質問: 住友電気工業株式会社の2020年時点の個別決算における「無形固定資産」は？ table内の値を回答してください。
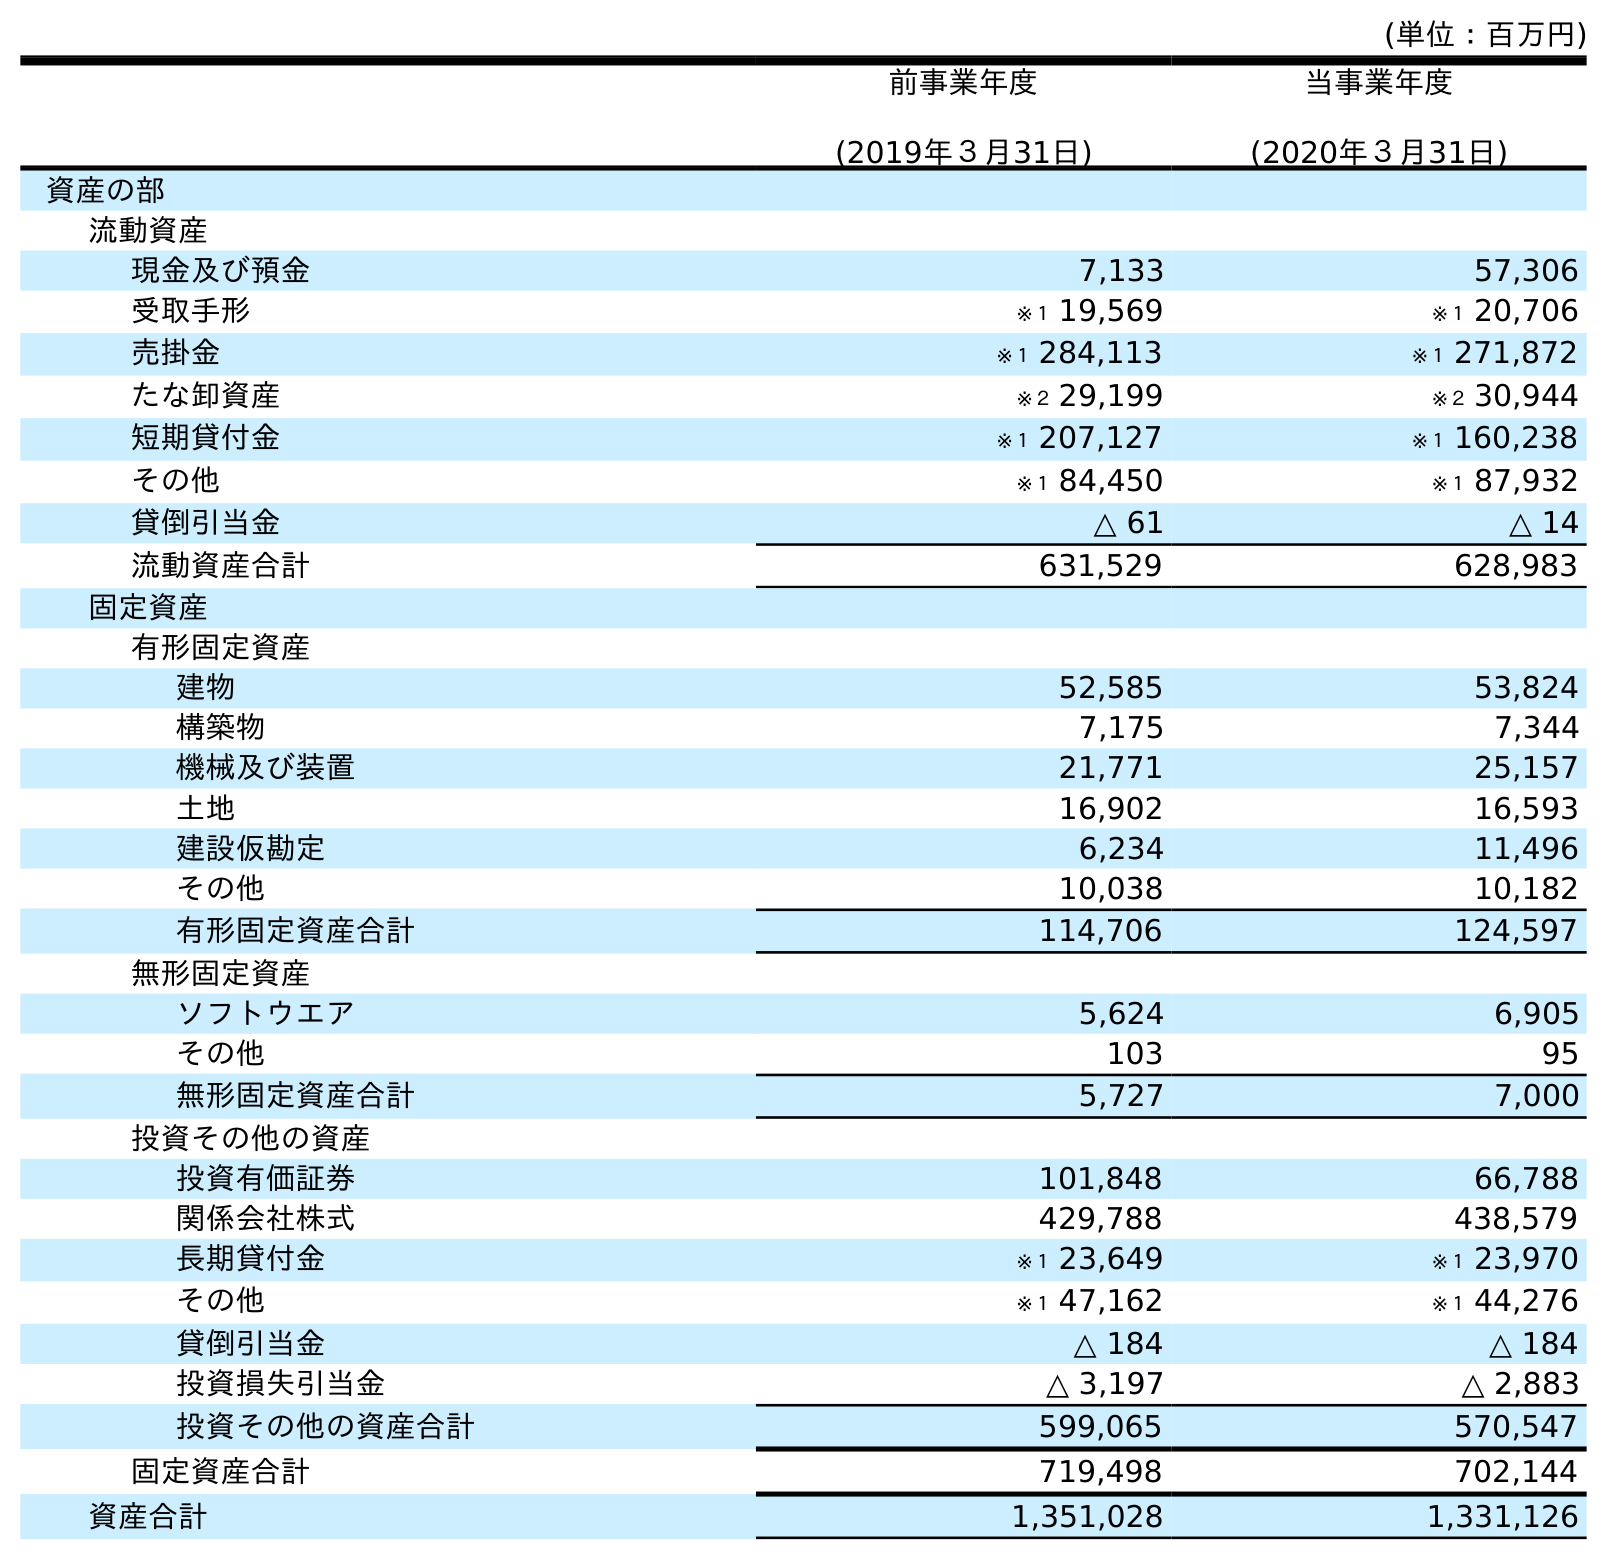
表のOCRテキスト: (単位：百万円) 前事業年度 (2019年３月31日) 当事業年度 (2020年３月31日) 資産の部 流動資産 現金及び預金 7,133 57,306 受取手形 ※１ 19,569 ※１ 20,706 売掛金 ※１ 284,113 ※１ 271,872 たな卸資産 ※２ 29,199 ※２ 30,944 短期貸付金 ※１ 207,127 ※１ 160,238 その他 ※１ 84,450 ※１ 87,932 貸倒引当金 △ 61 △ 14 流動資産合計 631,529 628,983 固定資産 有形固定資産 建物 52,585 53,824 構築物 7,175 7,344 機械及び装置 21,771 25,157 土地 16,902 16,593 建設仮勘定 6,234 11,496 その他 10,038 10,182 有形固定資産合計 114,706 124,597 無形固定資産 ソフトウエア 5,624 6,905 その他 103 95 無形固定資産合計 5,727 7,000 投資その他の資産 投資有価証券 101,848 66,788 関係会社株式 429,788 438,579 長期貸付金 ※１ 23,649 ※１ 23,970 その他 ※１ 47,162 ※１ 44,276 貸倒引当金 △ 184 △ 184 投資損失引当金 △ 3,197 △ 2,883 投資その他の資産合計 599,065 570,547 固定資産合計 719,498 702,144 資産合計 1,351,028 1,331,126
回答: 7,000